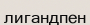
лигандпен